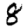
Digit: 8